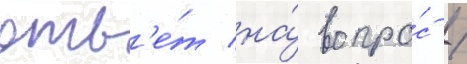
отв'е́т на́ вопро́с /